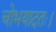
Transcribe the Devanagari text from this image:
चोभयादतः।